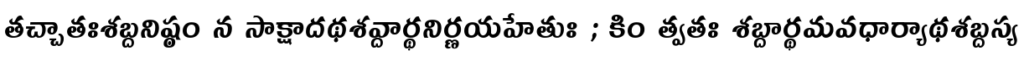
తచ్చాతఃశబ్దనిష్ఠం న సాక్షాదథశవ్దార్థనిర్ణయహేతుః ; కిం త్వతః శబ్దార్థమవధార్యాథశబ్దస్య